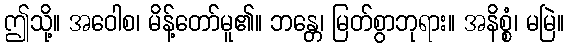
ဤသို့။ အဝေါစ၊ မိန့်တော်မူ၏။ ဘန္တေ၊ မြတ်စွာဘုရား။ အနိစ္စံ၊ မမြဲ။